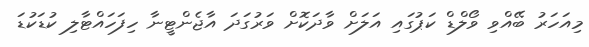
މިއަހަރު ބޭއްވި ވޯލްޑް ކަޕުގައި އަލަށް ވާދަކޮށް ވަރުގަދަ އާޖެންޓީނާ ހިފަހައްޓާލި ކުޑަކުޑަ